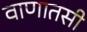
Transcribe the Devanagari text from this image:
वाणातसी